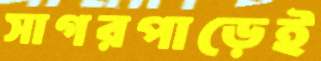
সাগরপাড়েই